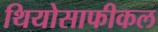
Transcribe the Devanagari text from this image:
थियोसाफीकल